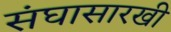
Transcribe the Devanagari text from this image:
संघासारखी